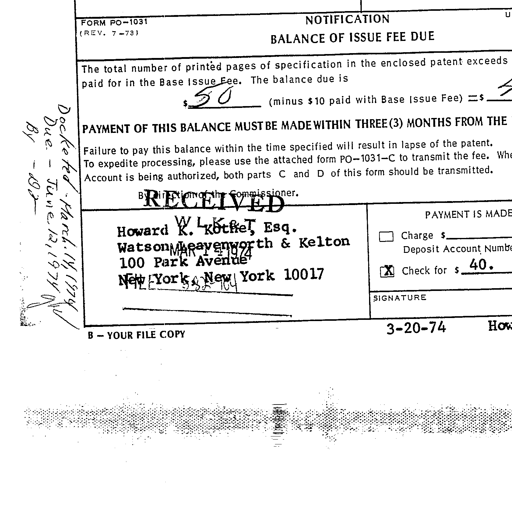
Transcript:
FORM PO-1031 (REV. 7-73) NOTIFICATION BALANCE OF ISSUE FEE DUE
The total number of printed pages of specification in the enclosed patent exceeds
paid for in the Base Issue Fee. The balance due is
$ 50 (minus $10 paid with Base Issue Fee) =$ 40
PAYMENT OF THIS BALANCE MUST BE MADE WITHIN THREE (3) MONTHS FROM THE
Failure to pay this balance within the time specified will result in lapse of the patent.
To expedite processing, please use the attached form PO-1031-C to transmit the fee.
Account is being authorized, both parts C and D of this form should be transmitted.
By Direction of the Commissioner.
Docketed - March 14, 1974
Due - June 12, 1974
By - DR
RECEIVED
MAR 12 1974
U.S. PATENT OFFICE
Howard W. Kothe, Esq.
Watson, Leavenworth & Kelton
100 Park Avenue
New York, New York 10017
B - YOUR FILE COPY
PAYMENT IS MADE
Charge $
Deposit Account Numbe
[X] Check for $ 40.
SIGNATURE
3-20-74